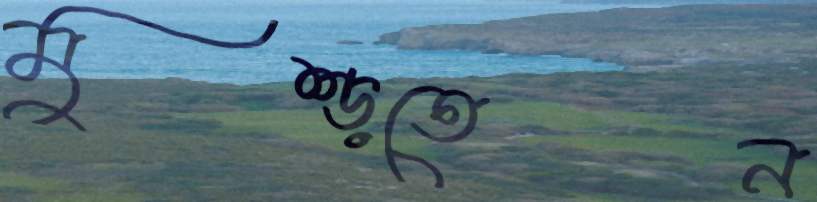
মুষ্‌ড়তেন